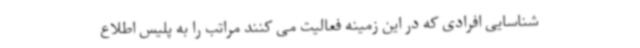
شناسایی افرادی که در این زمینه فعالیت می کنند مراتب را به پلیس اطلاع